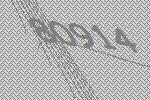
80914